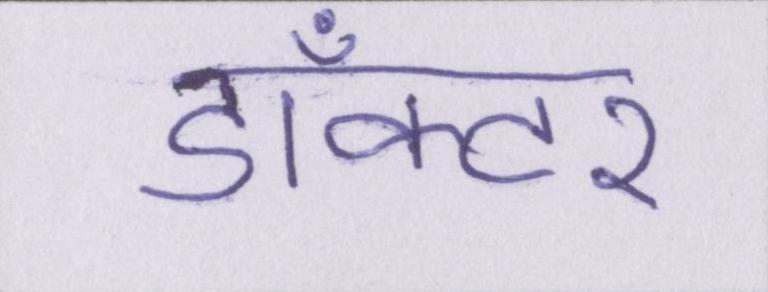
डाँक्टर